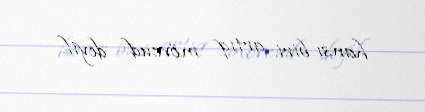
hansı biri artıq mövcud deyil.